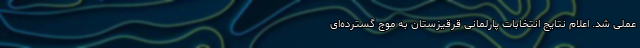
عملی شد. اعلام نتایج انتخابات پارلمانی قرقیزستان به موج گسترده‌ای